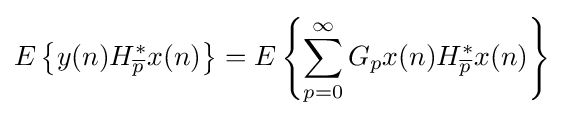
E\left\{y(n)H_{\overline {p}}^{*}x(n)\right\}=E\left\{\sum _{p=0}^{\infty }G_{p}x(n)H_{\overline {p}}^{*}x(n)\right\}